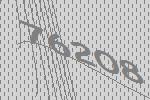
76208